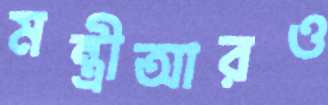
মন্ত্রীআরও